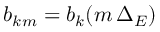
b _ { k m } = b _ { k } ( m \, \Delta _ { E } )